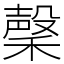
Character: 䅽